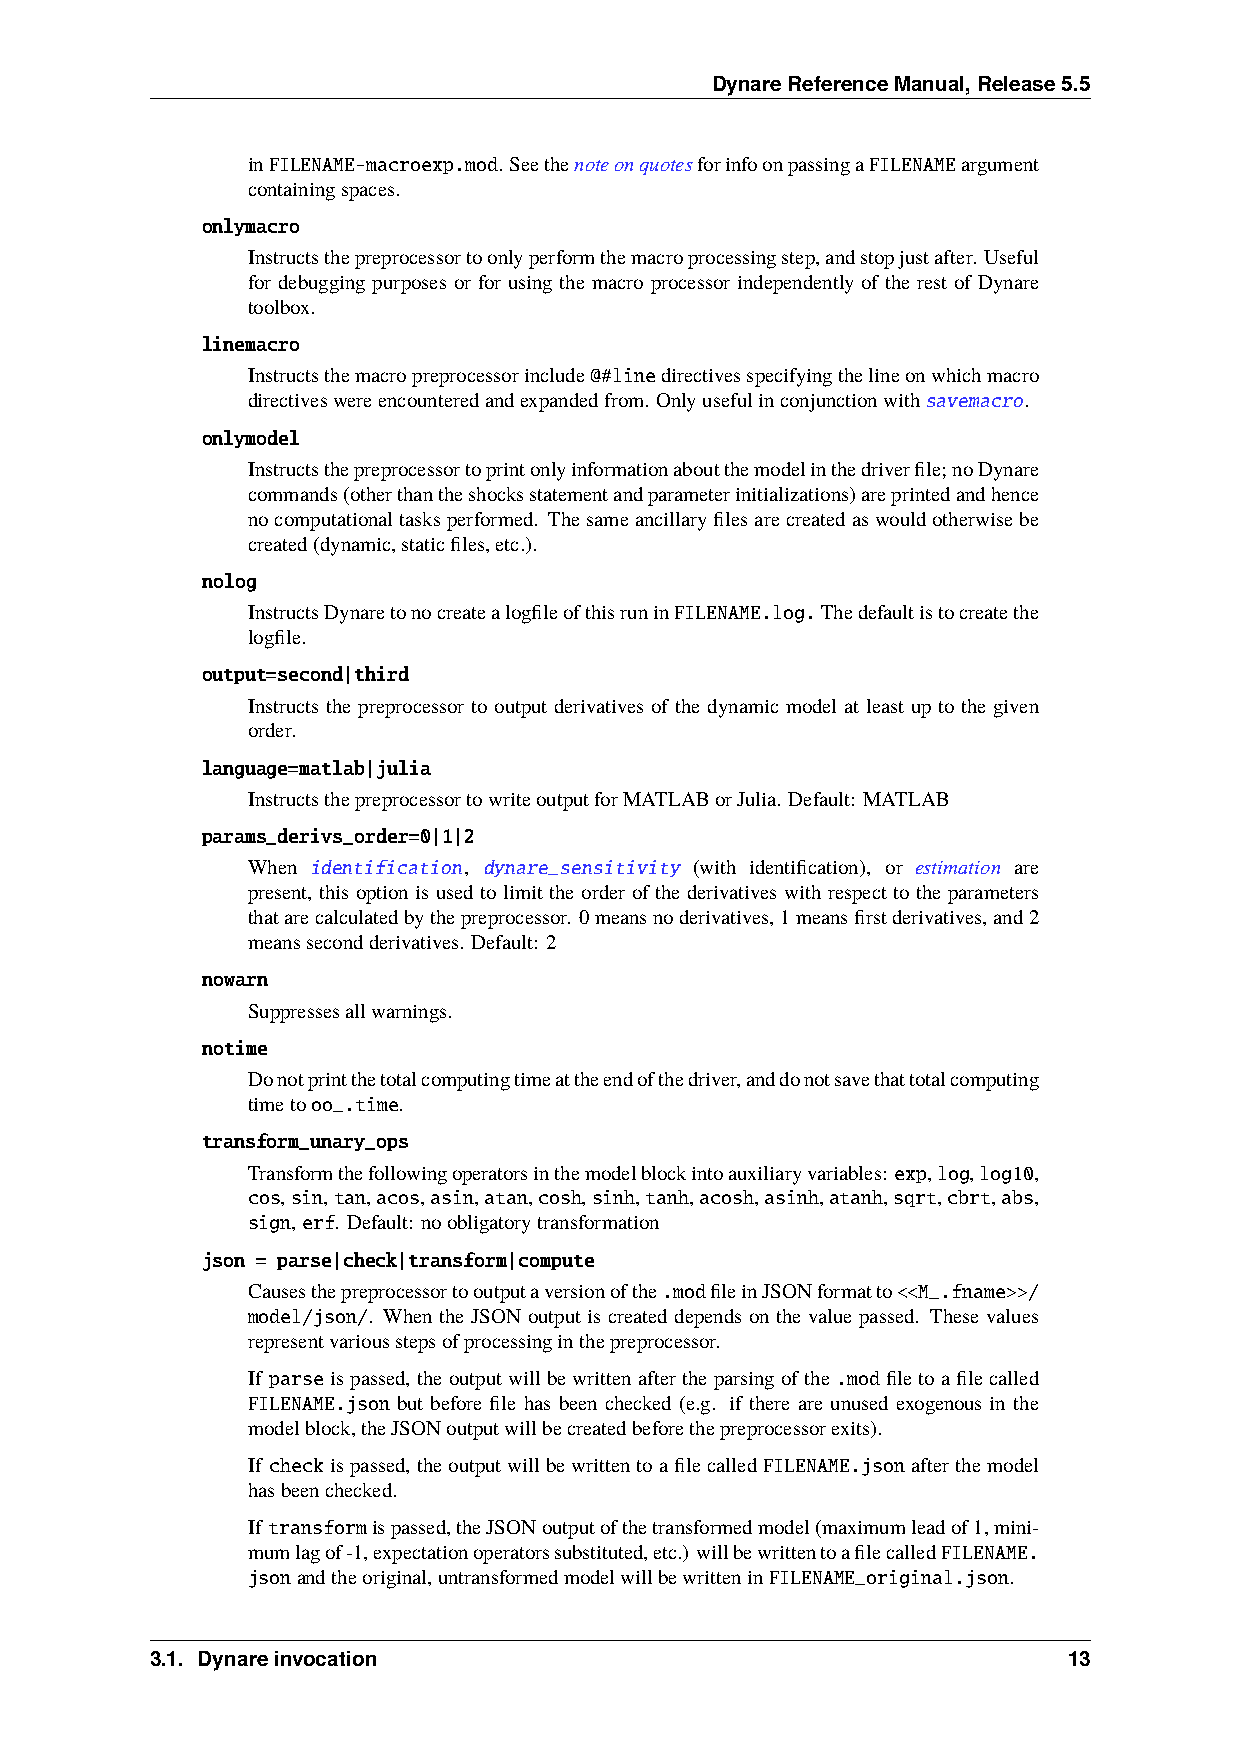
DynareReferenceManual,Release5.5
 inFILENAME-macroexp.mod. SeethenoteonquotesforinfoonpassingaFILENAMEargument
 containingspaces.
 onlymacro
 Instructsthepreprocessortoonlyperformthemacroprocessingstep,andstopjustafter. Useful
 for debugging purposes or for using the macro processor independently of the rest of Dynare
 toolbox.
 linemacro
 Instructsthemacropreprocessorinclude@#linedirectivesspecifyingthelineonwhichmacro
 directiveswereencounteredandexpandedfrom. Onlyusefulinconjunctionwithsavemacro.
 onlymodel
 Instructsthepreprocessortoprintonlyinformationaboutthemodelinthedriverfile;noDynare
 commands(otherthantheshocksstatementandparameterinitializations)areprintedandhence
 nocomputationaltasksperformed. Thesameancillaryfilesarecreatedaswouldotherwisebe
 created(dynamic,staticfiles,etc.).
 nolog
 InstructsDynaretonocreatealogfileofthisruninFILENAME.log.Thedefaultistocreatethe
 logfile.
 output=second|third
 Instructs the preprocessor to output derivatives of the dynamic model at least up to the given
 order.
 language=matlab|julia
 InstructsthepreprocessortowriteoutputforMATLABorJulia. Default: MATLAB
 params_derivs_order=0|1|2
 When identification, dynare_sensitivity (with identification), or estimation are
 present, this option is used to limit the order of the derivatives with respect to the parameters
 thatarecalculatedbythepreprocessor. 0meansnoderivatives,1meansfirstderivatives,and2
 meanssecondderivatives. Default: 2
 nowarn
 Suppressesallwarnings.
 notime
 Donotprintthetotalcomputingtimeattheendofthedriver,anddonotsavethattotalcomputing
 timetooo_.time.
 transform_unary_ops
 Transformthefollowingoperatorsinthemodelblockintoauxiliaryvariables: exp,log,log10,
 cos,sin,tan,acos,asin,atan,cosh,sinh,tanh,acosh,asinh,atanh,sqrt,cbrt,abs,
 sign,erf. Default: noobligatorytransformation
 json = parse|check|transform|compute
 Causesthepreprocessortooutputaversionofthe.modfileinJSONformatto<<M_.fname>>/
 model/json/. When the JSON output is created depends on the value passed. These values
 representvariousstepsofprocessinginthepreprocessor.
 If parseispassed, theoutputwillbewrittenaftertheparsingofthe .modfiletoafilecalled
 FILENAME.json but before file has been checked (e.g. if there are unused exogenous in the
 modelblock,theJSONoutputwillbecreatedbeforethepreprocessorexits).
 If checkispassed, theoutputwillbewrittentoafilecalled FILENAME.jsonafterthemodel
 hasbeenchecked.
 If transformispassed,theJSONoutputofthetransformedmodel(maximumleadof1,mini-
 mumlagof-1,expectationoperatorssubstituted,etc.) willbewrittentoafilecalledFILENAME.
 jsonandtheoriginal,untransformedmodelwillbewritteninFILENAME_original.json.
 3.1. Dynareinvocation                                        13